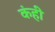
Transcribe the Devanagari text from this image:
कंही